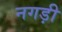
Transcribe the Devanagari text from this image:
नगड़ी